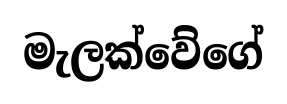
මැලක්වේගේ